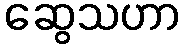
ဆွေသဟာ